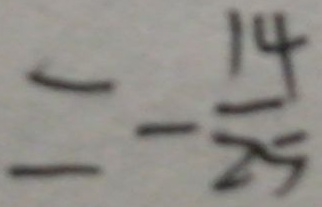
= - \frac { 1 4 } { 2 5 }